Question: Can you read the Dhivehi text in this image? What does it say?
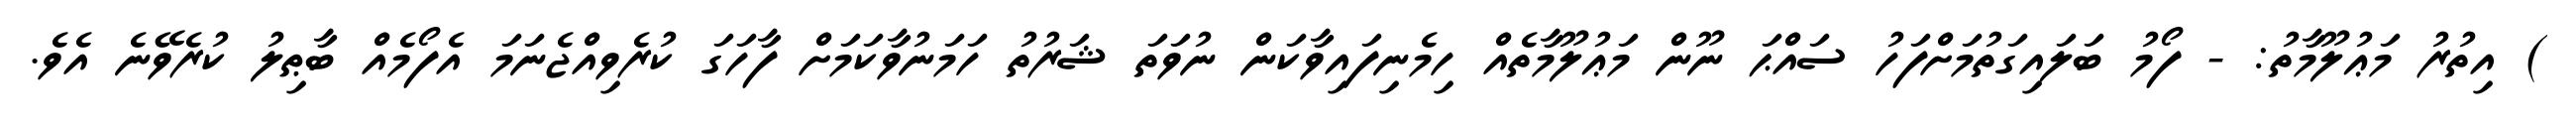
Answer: ) އިތުރު މަޢުލޫމާތު: - ފޯމު ބަލައިގަތުމަށްފަހު ސައްޙަ ނޫން މަޢުލޫމާތެއް ހިމެނިފައިވާކަން ނުވަތަ ޝަރުތު ހަމަނުވާކަމަށް ފާހަގަ ކުރެވިއްޖެނަމަ އެފޯމެއް ބާޠިލު ކުރެވޭނެ އެވެ.